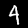
Label: 4